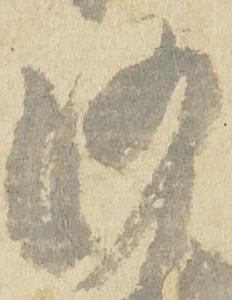
沙